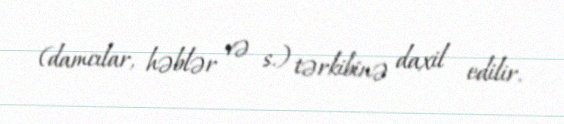
(damcılar, həblər və s.) tərkibinə daxil edilir.